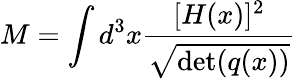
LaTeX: M=\int d^{3}x{\frac{[H(x)]^{2}}{\sqrt{\operatorname*{det}(q(x))}}}